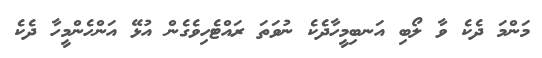
މަންމަ ދެކެ ވާ ލޯބި އަނބިމީހާދެކެ ނުވަތަ ރައްޓެހިވެގެން އުޅޭ އަންހެންމީހާ ދެކެ